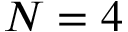
{ N = 4 }